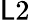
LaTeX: \mathsf{L}2